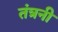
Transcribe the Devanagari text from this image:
तंत्रनी